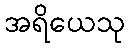
အရိယေသု